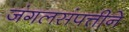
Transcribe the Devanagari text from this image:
जंगलसंपत्तीने